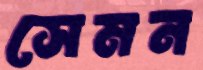
সেমন